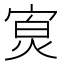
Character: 𪧖